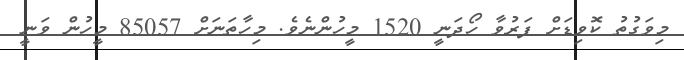
މިވަގުތު ކޮވިޑަށް ފަރުވާ ހޯދަނީ 1520 މީހުންނެވެ. މިހާތަނަށް 85057 މީހުން ވަނީ